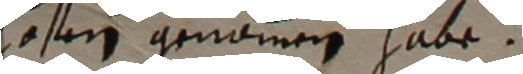
losen genommen habe.